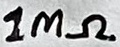
Text: 1MΩ